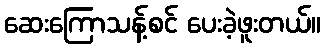
ဆေးကြောသန့်စင် ပေးခဲ့ဖူးတယ်။